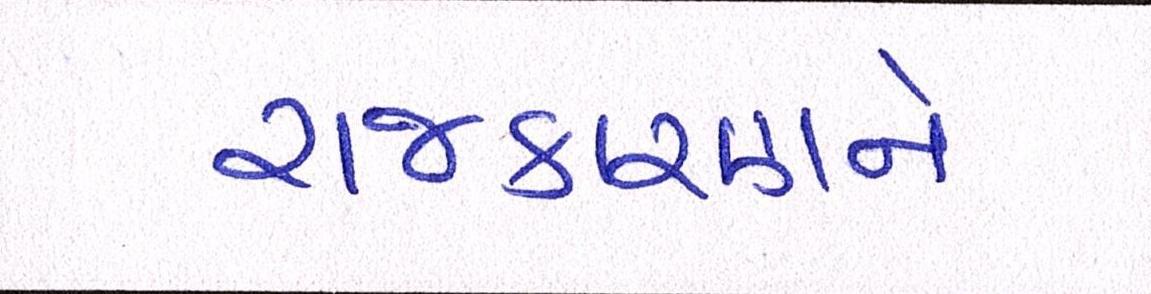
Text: રાજકારણને